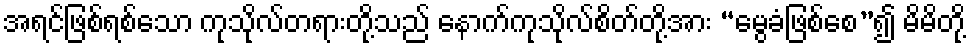
အရင်ဖြစ်ရစ်သော ကုသိုလ်တရားတို့သည် နောက်ကုသိုလ်စိတ်တို့အား “မွေခံဖြစ်စေ”၍ မိမိတို့